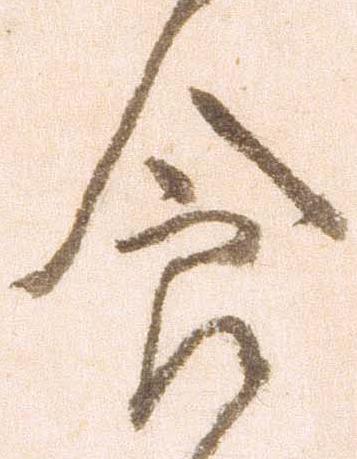
食